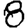
Digit: 8